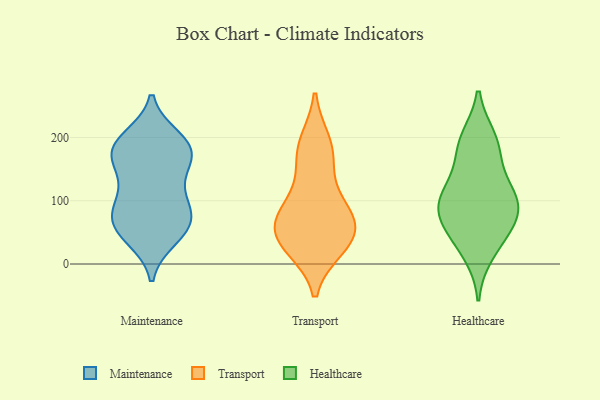
{"axis": {"x": "Humidity (%)", "y": "Value"}, "legend": ["Healthcare", "Maintenance", "Transport"], "data": [{"x": "", "y": 81, "type": "Maintenance"}, {"x": "", "y": 81, "type": "Maintenance"}, {"x": "", "y": 62, "type": "Maintenance"}, {"x": "", "y": 196, "type": "Maintenance"}, {"x": "", "y": 185, "type": "Maintenance"}, {"x": "", "y": 172, "type": "Maintenance"}, {"x": "", "y": 122, "type": "Maintenance"}, {"x": "", "y": 41, "type": "Maintenance"}, {"x": "", "y": 119, "type": "Maintenance"}, {"x": "", "y": 50, "type": "Maintenance"}, {"x": "", "y": 184, "type": "Maintenance"}, {"x": "", "y": 82, "type": "Maintenance"}, {"x": "", "y": 81, "type": "Maintenance"}, {"x": "", "y": 177, "type": "Maintenance"}, {"x": "", "y": 199, "type": "Maintenance"}, {"x": "", "y": 165, "type": "Maintenance"}, {"x": "", "y": 47, "type": "Maintenance"}, {"x": "", "y": 155, "type": "Maintenance"}, {"x": "", "y": 155, "type": "Transport"}, {"x": "", "y": 27, "type": "Transport"}, {"x": "", "y": 93, "type": "Transport"}, {"x": "", "y": 32, "type": "Transport"}, {"x": "", "y": 88, "type": "Transport"}, {"x": "", "y": 72, "type": "Transport"}, {"x": "", "y": 191, "type": "Transport"}, {"x": "", "y": 46, "type": "Transport"}, {"x": "", "y": 182, "type": "Transport"}, {"x": "", "y": 39, "type": "Transport"}, {"x": "", "y": 64, "type": "Transport"}, {"x": "", "y": 48, "type": "Healthcare"}, {"x": "", "y": 93, "type": "Healthcare"}, {"x": "", "y": 174, "type": "Healthcare"}, {"x": "", "y": 198, "type": "Healthcare"}, {"x": "", "y": 193, "type": "Healthcare"}, {"x": "", "y": 97, "type": "Healthcare"}, {"x": "", "y": 128, "type": "Healthcare"}, {"x": "", "y": 17, "type": "Healthcare"}, {"x": "", "y": 88, "type": "Healthcare"}, {"x": "", "y": 79, "type": "Healthcare"}, {"x": "", "y": 113, "type": "Healthcare"}, {"x": "", "y": 51, "type": "Healthcare"}]}